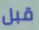
قبل